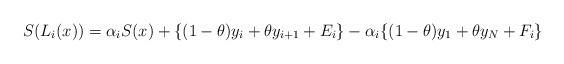
LaTeX: \begin{align*}S(L_i(x)) = \alpha_i S(x)+ \{(1-\theta)y_i+ \theta y_{i+1}+ E_i\}-\alpha_i \{(1-\theta)y_1+ \theta y_N+ F_i\}\end{align*}